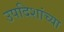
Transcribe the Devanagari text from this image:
उपदिशांच्या